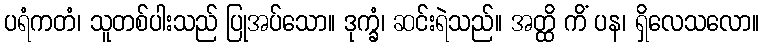
ပရံကတံ၊ သူတစ်ပါးသည် ပြုအပ်သော။ ဒုက္ခံ၊ ဆင်းရဲသည်။ အတ္ထိ ကိံ ပန၊ ရှိလေသလော။